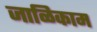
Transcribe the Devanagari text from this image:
जाळिकाम